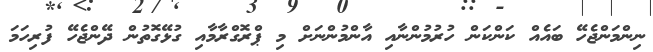
ނިންމަންޖެހޭ ބައެއް ކަންކަން ހުރުމުންނާއި އާންމުންނަށް މި ޕްރޮގްރާމާއި ގުޅޭގޮތުން ދޭންޖެހޭ ފުރިހަމަ